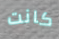
كانت